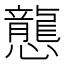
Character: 𢤲